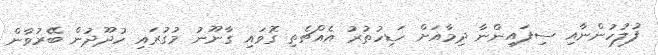
ފުލުހުންނާއި ސިފައިންނާ ދިމާއަށް ހަޑިހުތުރު އެއްޗެތި ގޮވައި ގާނޫނު މުގުރައި ހުދޫދުން ބޭރުވާން